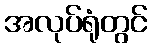
အလုပ်ရုံတွင်